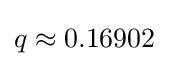
q\approx 0.16902